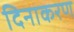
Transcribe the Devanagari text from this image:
दिनाकरण